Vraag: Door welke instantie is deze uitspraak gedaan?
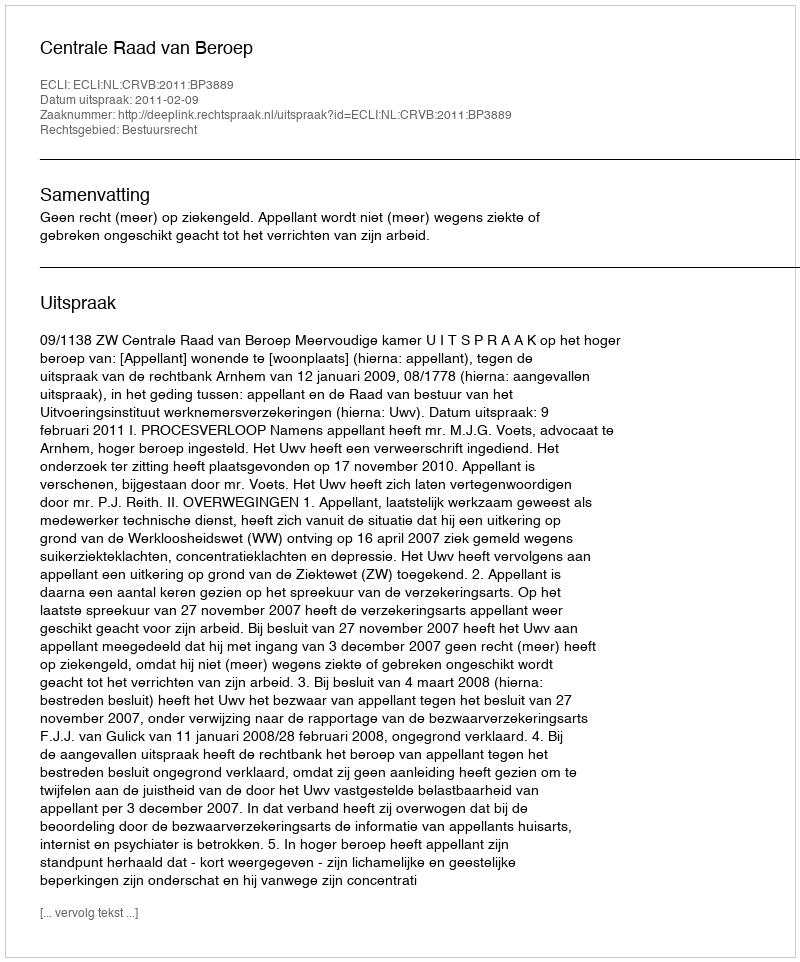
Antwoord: Centrale Raad van Beroep